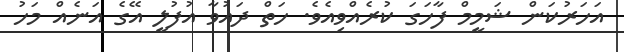
އަހަރުކަން ޝަމީމް ފާހަގަ ކުރެއްވިއެވެ. ހަތް ދައުވާ އުފުލީ އޭގެ އަނެއް މަހު